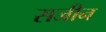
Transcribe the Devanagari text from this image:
सजीन